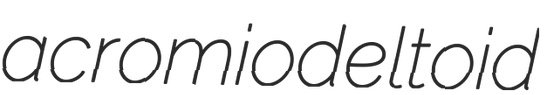
acromiodeltoid